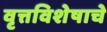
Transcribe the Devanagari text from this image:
वृत्तविशेषाचे